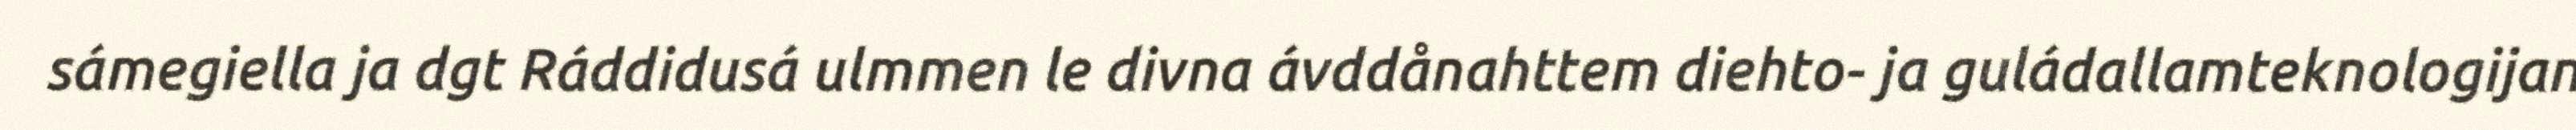
sámegiella ja dgt Ráddidusá ulmmen le divna ávddånahttem diehto- ja guládallamteknologijan